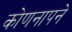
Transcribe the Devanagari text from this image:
कोणनापने